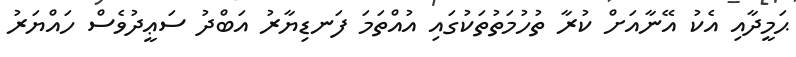
ޙަމީދާއި އެކު އޭނާއަށް ކުރާ ތުހުމަތުތަކުގައި އުއްތަމަ ފަނޑިޔާރު އަބްދު ސަޢީދުވެސް ހައްޔަރު